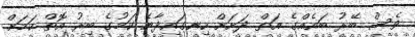
ވެސް ބޭރު ބައެއްގެ އަތް ދަށަށް ހިނގައިދާނެ ކަމުގެ ބިރު އޮތް ކަމަށް